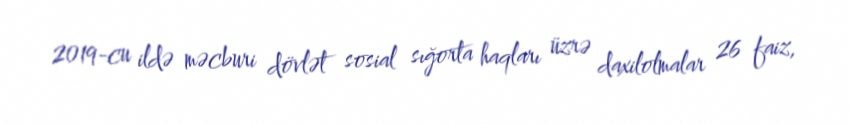
2019-cu ildə məcburi dövlət sosial sığorta haqları üzrə daxilolmalar 26 faiz,